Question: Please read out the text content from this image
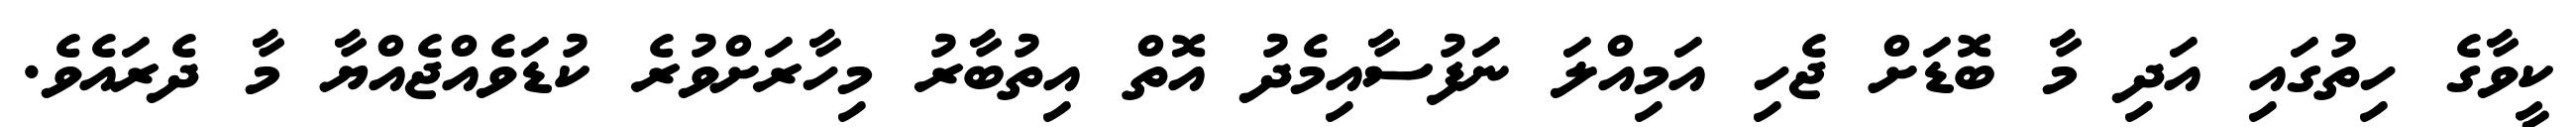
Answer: ކީވާގެ ހިތުގައި އަދި މާ ބޮޑަށް ޖެހި އަމިއްލަ ނަފުސާއިމެދު އޮތް އިތުބާރު މިހާރަށްވުރެ ކުޑަވެއްޖެއްޔާ މާ ދެރައެވެ.